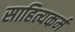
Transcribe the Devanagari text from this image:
साहित्यकर्म